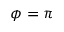
\phi = \pi